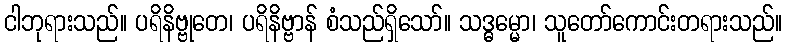
ငါဘုရားသည်။ ပရိနိဗ္ဗုတေ၊ ပရိနိဗ္ဗာန် စံသည်ရှိသော်။ သဒ္ဓမ္မော၊ သူတော်ကောင်းတရားသည်။